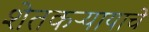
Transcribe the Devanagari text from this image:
शेतकऱ्यायाचे